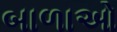
બાળાઓ